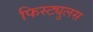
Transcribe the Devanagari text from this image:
फिस्ट्युलस